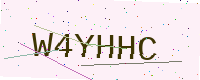
Text: W4YHHC